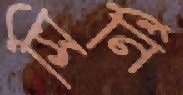
সির্নি